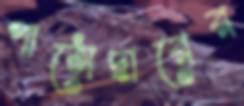
পাঠোদ্ধারের